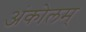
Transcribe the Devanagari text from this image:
अंकोलम्